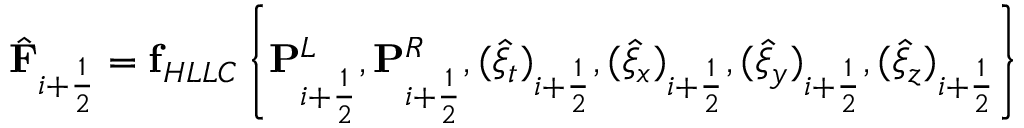
\hat { \mathbf { F } } _ { i + \frac { 1 } { 2 } } = \mathbf { f } _ { H L L C } \left\{ \mathbf { P } _ { i + \frac { 1 } { 2 } } ^ { L } , \mathbf { P } _ { i + \frac { 1 } { 2 } } ^ { R } , ( \hat { \xi } _ { t } ) _ { i + \frac { 1 } { 2 } } , ( \hat { \xi } _ { x } ) _ { i + \frac { 1 } { 2 } } , ( \hat { \xi } _ { y } ) _ { i + \frac { 1 } { 2 } } , ( \hat { \xi } _ { z } ) _ { i + \frac { 1 } { 2 } } \right\}